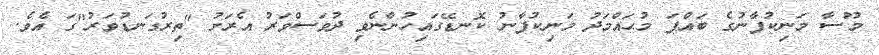
މޫސާ މަނިކުފާނުގެ ބައްޕަ މުޙައްމަދު މަނިކުފާނު ކޮނޑޭގައިހުންނެވި ދުވަސްވަރު އެރަށު "ތިރުގަނޑުވަރު"ގަ އެވެ.